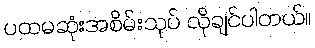
ပထမဆုံးအစိမ်းသုပ် လိုချင်ပါတယ်။